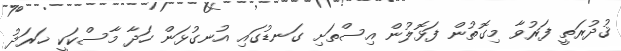
ޤުދުރަތީ ފަރުވާ މިގޮތުން ފަޅޮލުން އިސްތަށި ގަނޑުގައި އުނގުޅަން ހަދާ މާސްކަކީ ޚަރަދު